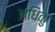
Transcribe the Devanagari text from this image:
अधिकु